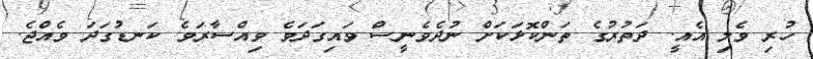
ހުރި ވެލި އެއީ. ދަތުރުގެ ތަންކޮޅަކަށް ނުދެވެނީސް ވައިގަދަވެ ވިއްސާރަވެ ކަނޑުގަދަ ވެއްޖެ.